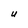
Character: U